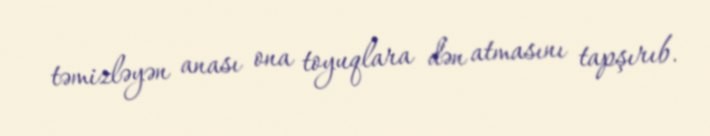
təmizləyən anası ona toyuqlara dən atmasını tapşırıb.